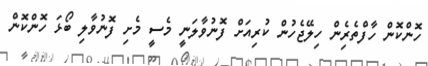
ހޮންކޮން ހާފްތެރެިން ހިލޭޖެހުން ކުރިއަށް ފޮނުވާލަނީ މެސީ މެށި ފޮނުވާލި ބޯޅަ ހޮންކޮން